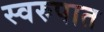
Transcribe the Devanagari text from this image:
स्‍वरुपात